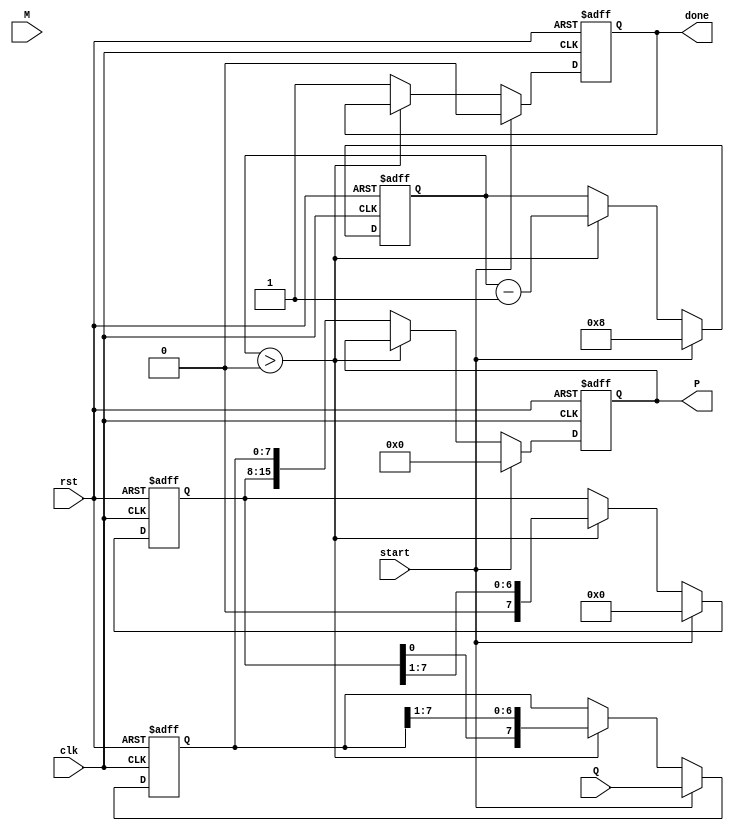
module modified_booth_multiplier #(parameter n = 8) (
    input clk,
    input rst,
    input [n-1:0] M,      // Multiplicand
    input [n-1:0] Q,      // Multiplier
    input start,
    output reg [2*n-1:0] P, // Product
    output reg done
);
    reg [n-1:0] A;         // Accumulator
    reg [n-1:0] Q_temp;    // Multiplier with extension
    reg Q_minus_1;         // Q[-1]
    reg [3:0] count;       // Counting the number of bits processed

    always @(posedge clk or posedge rst) begin
        if (rst) begin
            A <= 0;
            Q_temp <= 0;
            Q_minus_1 <= 1'b0; // Q[-1] initialized to 0
            P <= 0;
            count <= 0;
            done <= 0;
        end else if (start) begin
            // Initialize variables for the start of the multiplication
            A <= 0;
            Q_temp <= Q;
            Q_minus_1 <= 0;
            P <= 0;
            count <= n; // Set count to the width of the multiplier
            done <= 0;
        end else if (count > 0) begin
            case ({Q_temp[0], Q_minus_1}) // Booth encoding on (Q[0], Q[-1])
                2'b00: begin
                    // No operation
                end
                2'b01: begin
                    // Add M to A
                    A <= A + M;
                end
                2'b10: begin
                    // Subtract M from A
                    A <= A - M;
                end
                2'b11: begin
                    // No operation
                end
            endcase

            // Store the current value of Q_temp[0] in Q_minus_1
            Q_minus_1 <= Q_temp[0];

            // Shift A and Q_temp to the right
            {A, Q_temp} <= {A, Q_temp} >> 1;

            // Decrement count
            count <= count - 1;
        end else begin
            // All bits processed: Store result in P and signal completion
            P <= {A, Q_temp}; // Combine A and Q_temp into the final product
            done <= 1;        // Set done signal
        end
    end
endmodule